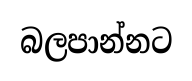
බලපාන්නට